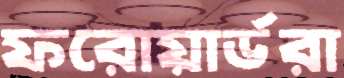
ফরোয়ার্ডরা